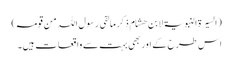
(السیرۃ النبویۃ لابن ھشام ذکر ما لقی رسول اللہ من قومہ)
اس طرح کے اور بھی بہت سے واقعات ہیں۔